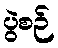
ပွဲစဉ်